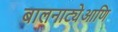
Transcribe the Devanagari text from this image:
बालनाट्येआणि